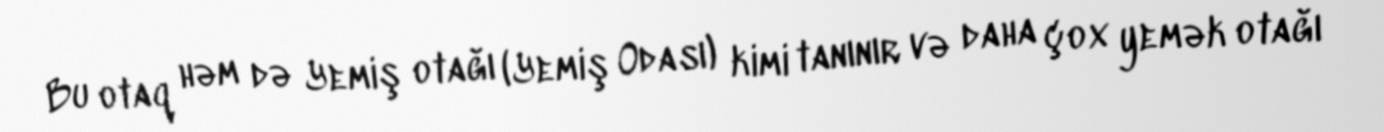
Bu otaq həm də Yemiş otağı (Yemiş Odası) kimi tanınır və daha çox yemək otağı